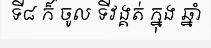
ទី៨ ក៏ ចូល ទីវង្គត់ ក្នុង ឆ្នាំ